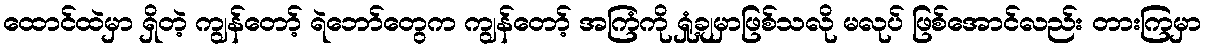
ထောင်ထဲမှာ ရှိတဲ့ ကျွန်တော့် ရဲဘော်တွေက ကျွန်တော့် အကြံကို ရှုံ့ချမှာဖြစ်သလို မလုပ် ဖြစ်အောင်လည်း တားကြမှာ